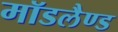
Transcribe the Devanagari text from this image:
मॉडलैण्ड